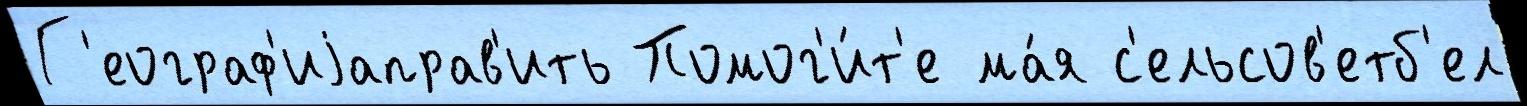
Г'еограф'иjаправ'ить Помог'и́т'е ма́я с'ельсов'етб'ел